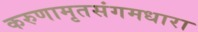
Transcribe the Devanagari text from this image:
करुणामृतसंगमधारा